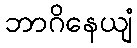
ဘာဂိနေယျံ